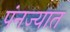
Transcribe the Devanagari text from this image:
पंनज्यात